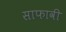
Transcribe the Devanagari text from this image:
साफावी